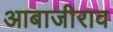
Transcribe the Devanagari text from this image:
आबाजीराव